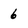
Character: 6